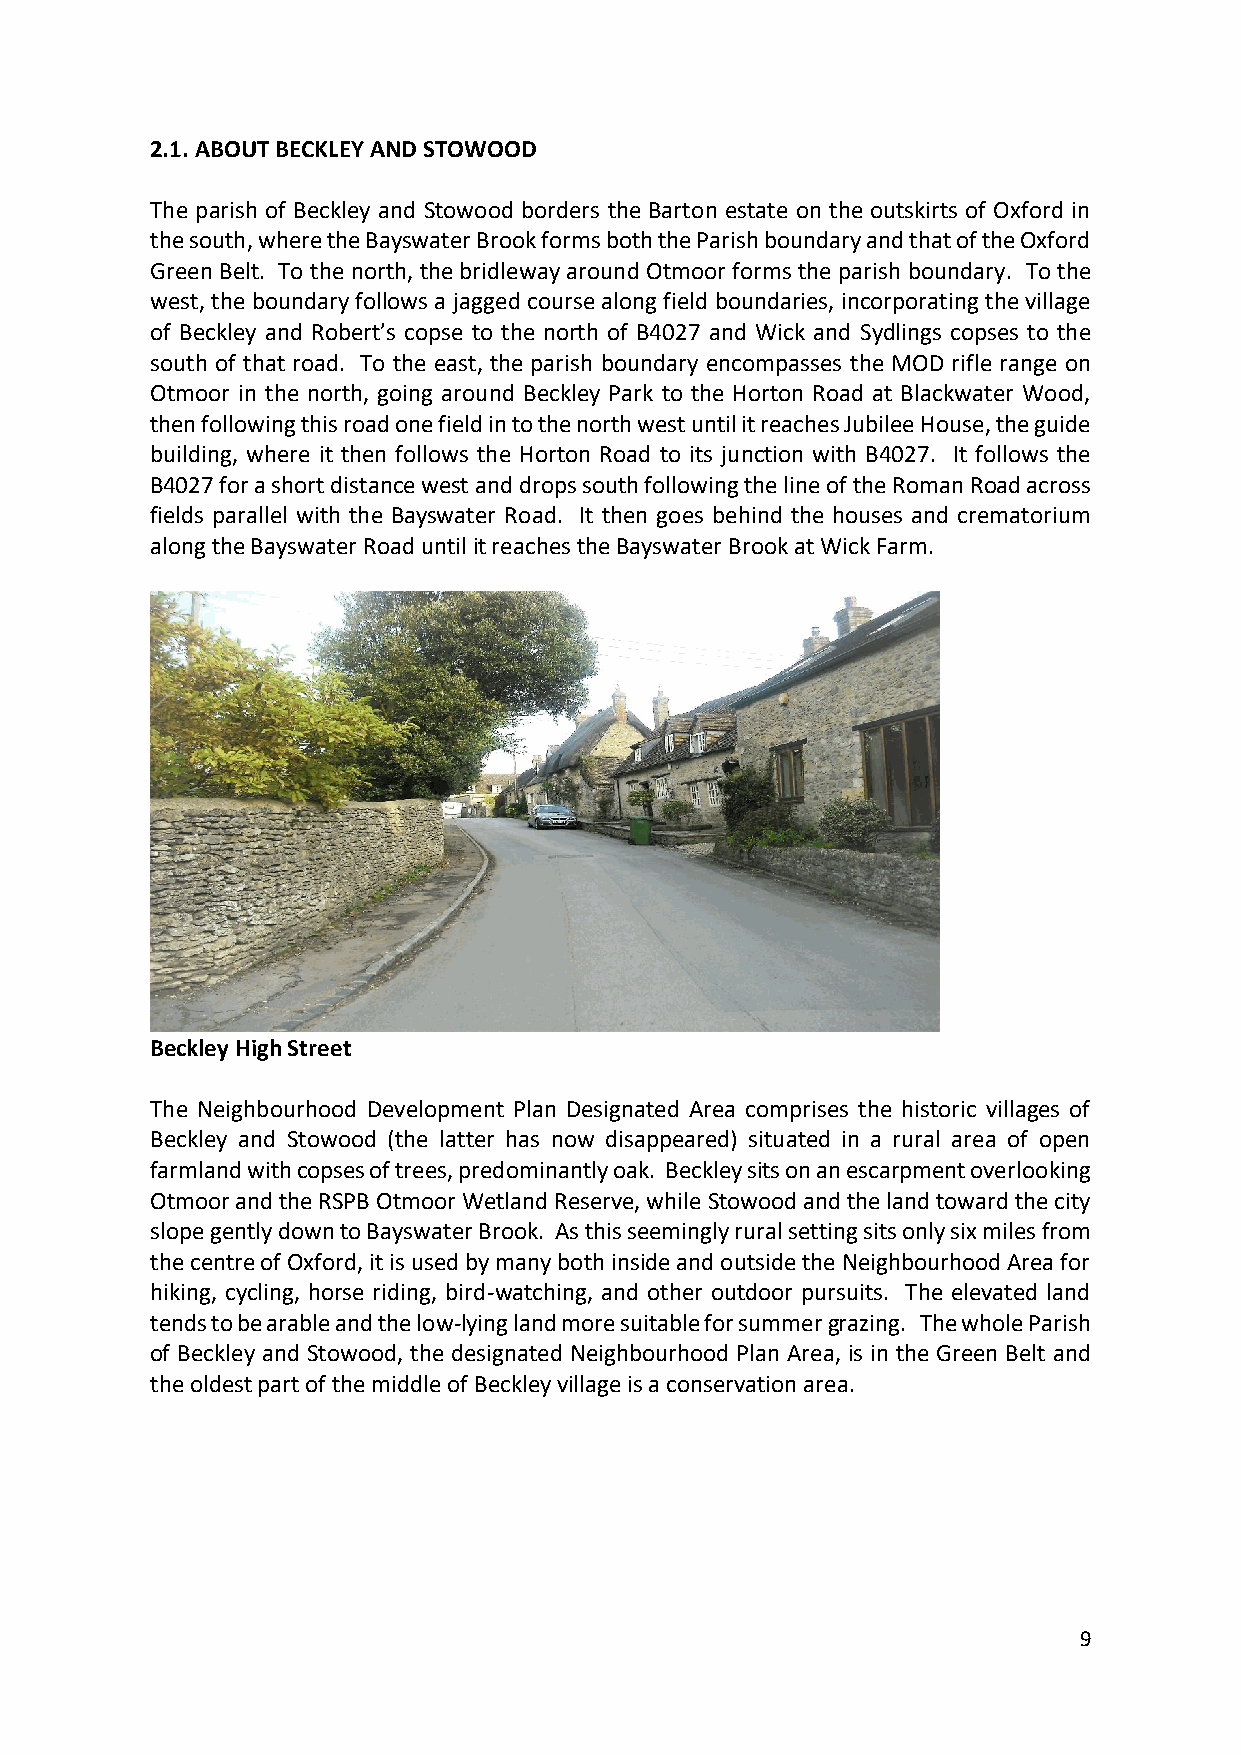
2.1. ABOUT BECKLEY AND STOWOOD
 The parish of Beckley and Stowood borders the Barton estate on the outskirts of Oxford in
 the south, where the Bayswater Brook forms both the Parish boundary and that of the Oxford
 Green Belt. To the north, the bridleway around Otmoor forms the parish boundary. To the
 west, the boundary follows a jagged course along field boundaries, incorporating the village
 of Beckley and Robert’s copse to the north of B4027 and Wick and Sydlings copses to the
 south of that road. To the east, the parish boundary encompasses the MOD rifle range on
 Otmoor in the north, going around Beckley Park to the Horton Road at Blackwater Wood,
 then following this road one field in to the north west until it reaches Jubilee House, the guide
 building, where it then follows the Horton Road to its junction with B4027. It follows the
 B4027 for a short distance west and drops south following the line of the Roman Road across
 fields parallel with the Bayswater Road. It then goes behind the houses and crematorium
 along the Bayswater Road until it reaches the Bayswater Brook at Wick Farm.
 Beckley High Street
 The Neighbourhood Development Plan Designated Area comprises the historic villages of
 Beckley and Stowood (the latter has now disappeared) situated in a rural area of open
 farmland with copses of trees, predominantly oak. Beckley sits on an escarpment overlooking
 Otmoor and the RSPB Otmoor Wetland Reserve, while Stowood and the land toward the city
 slope gently down to Bayswater Brook. As this seemingly rural setting sits only six miles from
 the centre of Oxford, it is used by many both inside and outside the Neighbourhood Area for
 hiking, cycling, horse riding, bird-watching, and other outdoor pursuits. The elevated land
 tends to be arable and the low-lying land more suitable for summer grazing. The whole Parish
 of Beckley and Stowood, the designated Neighbourhood Plan Area, is in the Green Belt and
 the oldest part of the middle of Beckley village is a conservation area.
 9